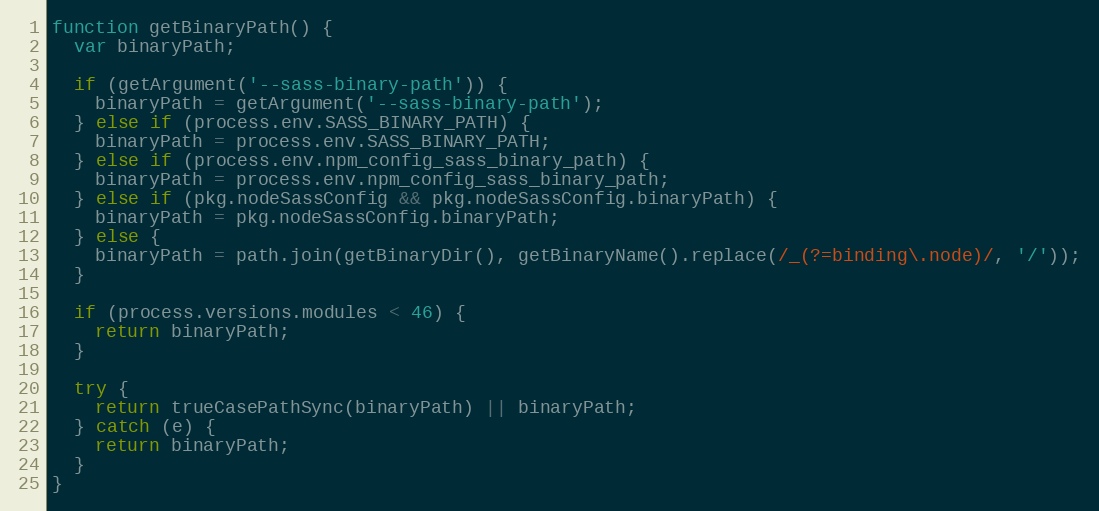
Language: JavaScript
function getBinaryPath() {
  var binaryPath;

  if (getArgument('--sass-binary-path')) {
    binaryPath = getArgument('--sass-binary-path');
  } else if (process.env.SASS_BINARY_PATH) {
    binaryPath = process.env.SASS_BINARY_PATH;
  } else if (process.env.npm_config_sass_binary_path) {
    binaryPath = process.env.npm_config_sass_binary_path;
  } else if (pkg.nodeSassConfig && pkg.nodeSassConfig.binaryPath) {
    binaryPath = pkg.nodeSassConfig.binaryPath;
  } else {
    binaryPath = path.join(getBinaryDir(), getBinaryName().replace(/_(?=binding\.node)/, '/'));
  }

  if (process.versions.modules < 46) {
    return binaryPath;
  }

  try {
    return trueCasePathSync(binaryPath) || binaryPath;
  } catch (e) {
    return binaryPath;
  }
}